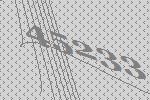
45233